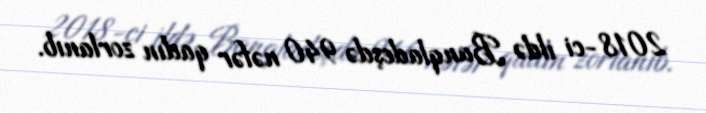
2018-ci ildə Banqladeşdə 940 nəfər qadın zorlanıb.